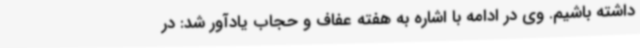
داشته باشیم. وی در ادامه با اشاره به هفته عفاف و حجاب یادآور شد: در